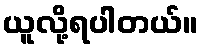
ယူလို့ရပါတယ်။